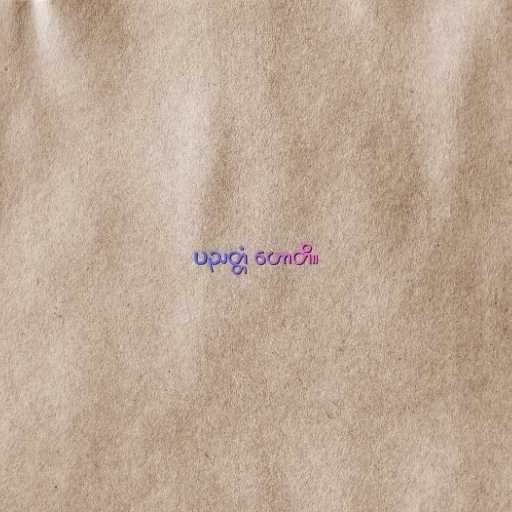
ပညတ္တံ ဟောတိ။